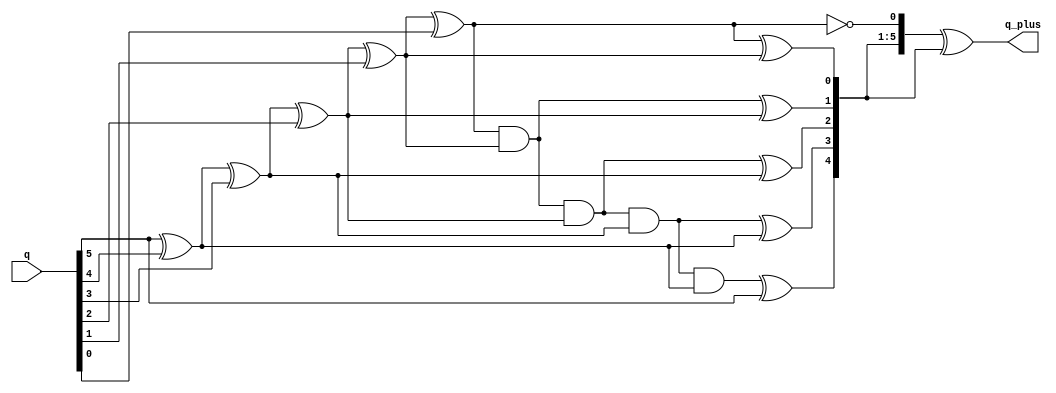
module gray_plus_one (
	q,
	q_plus
);

parameter WIDTH = 6;

input [WIDTH-1:0] q;
output [WIDTH-1:0] q_plus;

	// Convert Q to binary wires
	//
	wire [WIDTH-1:0] q_to_bin;
	assign q_to_bin[WIDTH-1] = q[WIDTH-1];
	genvar i;
	generate
	for (i=WIDTH-2; i>=0; i=i-1)
	  begin: gry_to_bin
		assign q_to_bin[i] = q_to_bin[i+1] ^ q[i];
	  end
	endgenerate

	// increment the binary wires for q+
	// do it in gates, not a real + to encourage flattening
	//
	wire [WIDTH-1:0] inc_q;
	wire [WIDTH-1:0] inc_q_cout;
	assign inc_q[0] = !q_to_bin[0];
	assign inc_q_cout[0] = q_to_bin[0];
	generate
	for (i=1; i<WIDTH; i=i+1)
	  begin: plus_one
		assign inc_q[i] = inc_q_cout[i-1] ^ q_to_bin[i];
		assign inc_q_cout[i] = inc_q_cout[i-1] & q_to_bin[i];
	  end
	endgenerate

	// convert back to gray
	//
	assign q_plus = inc_q ^ (inc_q >> 1);

endmodule